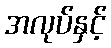
အလုပ်နှင့်